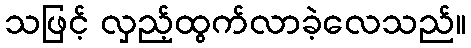
သဖြင့် လှည့်ထွက်လာခဲ့လေသည်။